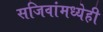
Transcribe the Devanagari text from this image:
सजिवांमध्येही